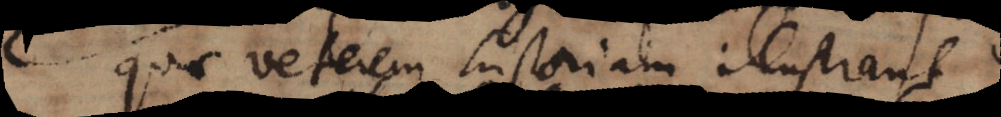
quae veterem historiam illustrant.